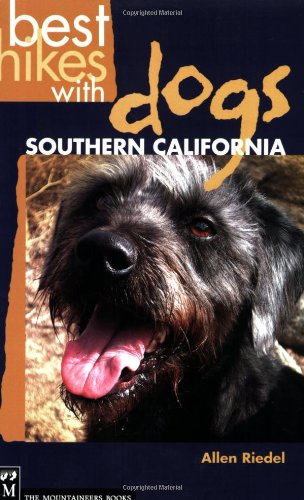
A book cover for Best Hikes With Dogs: Southern California; Allen Riedel; Travel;